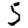
Digit: 5